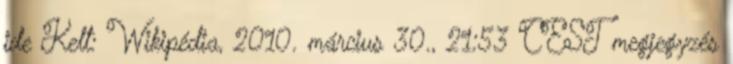
ide Kelt: Wikipédia, 2010. március 30., 21:53 CEST megjegyzés